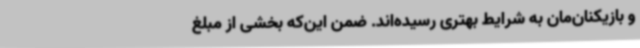
و بازیکنان‌مان به شرایط بهتری رسیده‌اند. ضمن این‌که بخشی از مبلغ